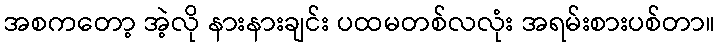
အစကတော့ အဲ့လို နားနားချင်း ပထမတစ်လလုံး အရမ်းစားပစ်တာ။